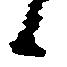
候